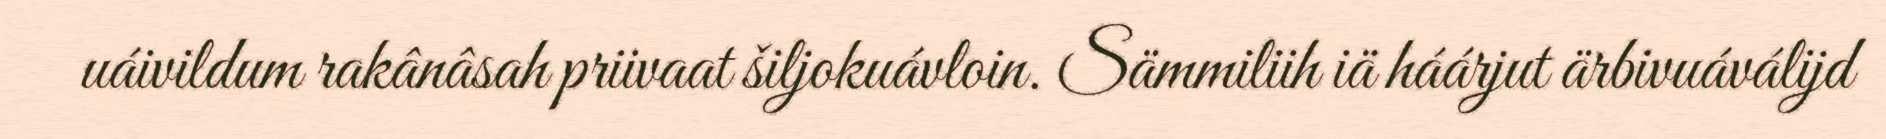
uáivildum rakânâsah priivaat šiljokuávloin. Sämmiliih iä háárjut ärbivuáválijd